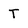
Character: T